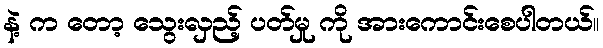
နဲ့ က တော့ သွေးလှည့် ပတ်မှု ကို အားကောင်းစေပါတယ်။